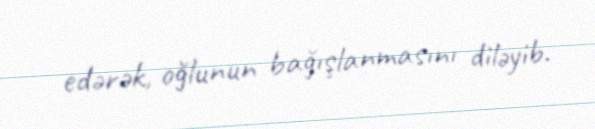
edərək, oğlunun bağışlanmasını diləyib.